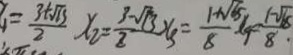
= \frac { 3 + \sqrt { 3 } } { 2 } x _ { 2 } = \frac { 3 - \sqrt { 3 } } { 2 } x _ { 3 } = \frac { 1 + \sqrt { 6 5 } } { 8 } x _ { 4 } = \frac { 1 - \sqrt { 1 8 } } { 8 }